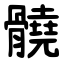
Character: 髐